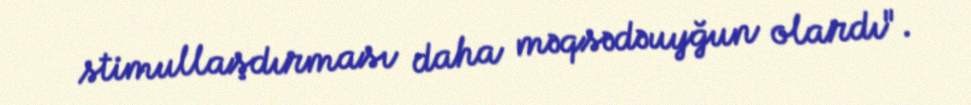
stimullaşdırması daha məqsədəuyğun olardı".